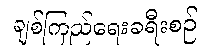
ချစ်ကြည်ရေးခရီးစဉ်